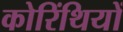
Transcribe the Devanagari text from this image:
कोरिंथियों